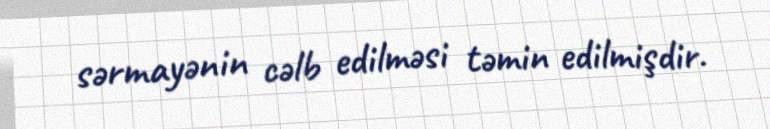
sərmayənin cəlb edilməsi təmin edilmişdir.